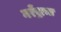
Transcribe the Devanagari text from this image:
नरेंद्राचा